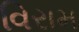
વિરામ